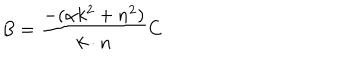
B = \frac { - ( \alpha k ^ { 2 } + n ^ { 2 } ) } { k \cdot n } C